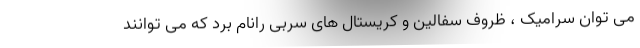
می توان سرامیک ، ظروف سفالین و کریستال های سربی رانام برد که می توانند